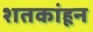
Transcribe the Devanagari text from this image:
शतकांहून